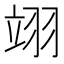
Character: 翊